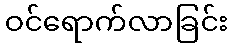
ဝင်ရောက်လာခြင်း